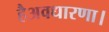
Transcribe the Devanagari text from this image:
हैअवधारणा।